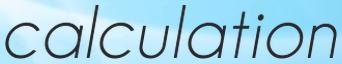
calculation